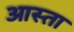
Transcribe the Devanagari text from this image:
आस्ता